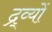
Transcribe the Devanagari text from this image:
द्र्व्यों